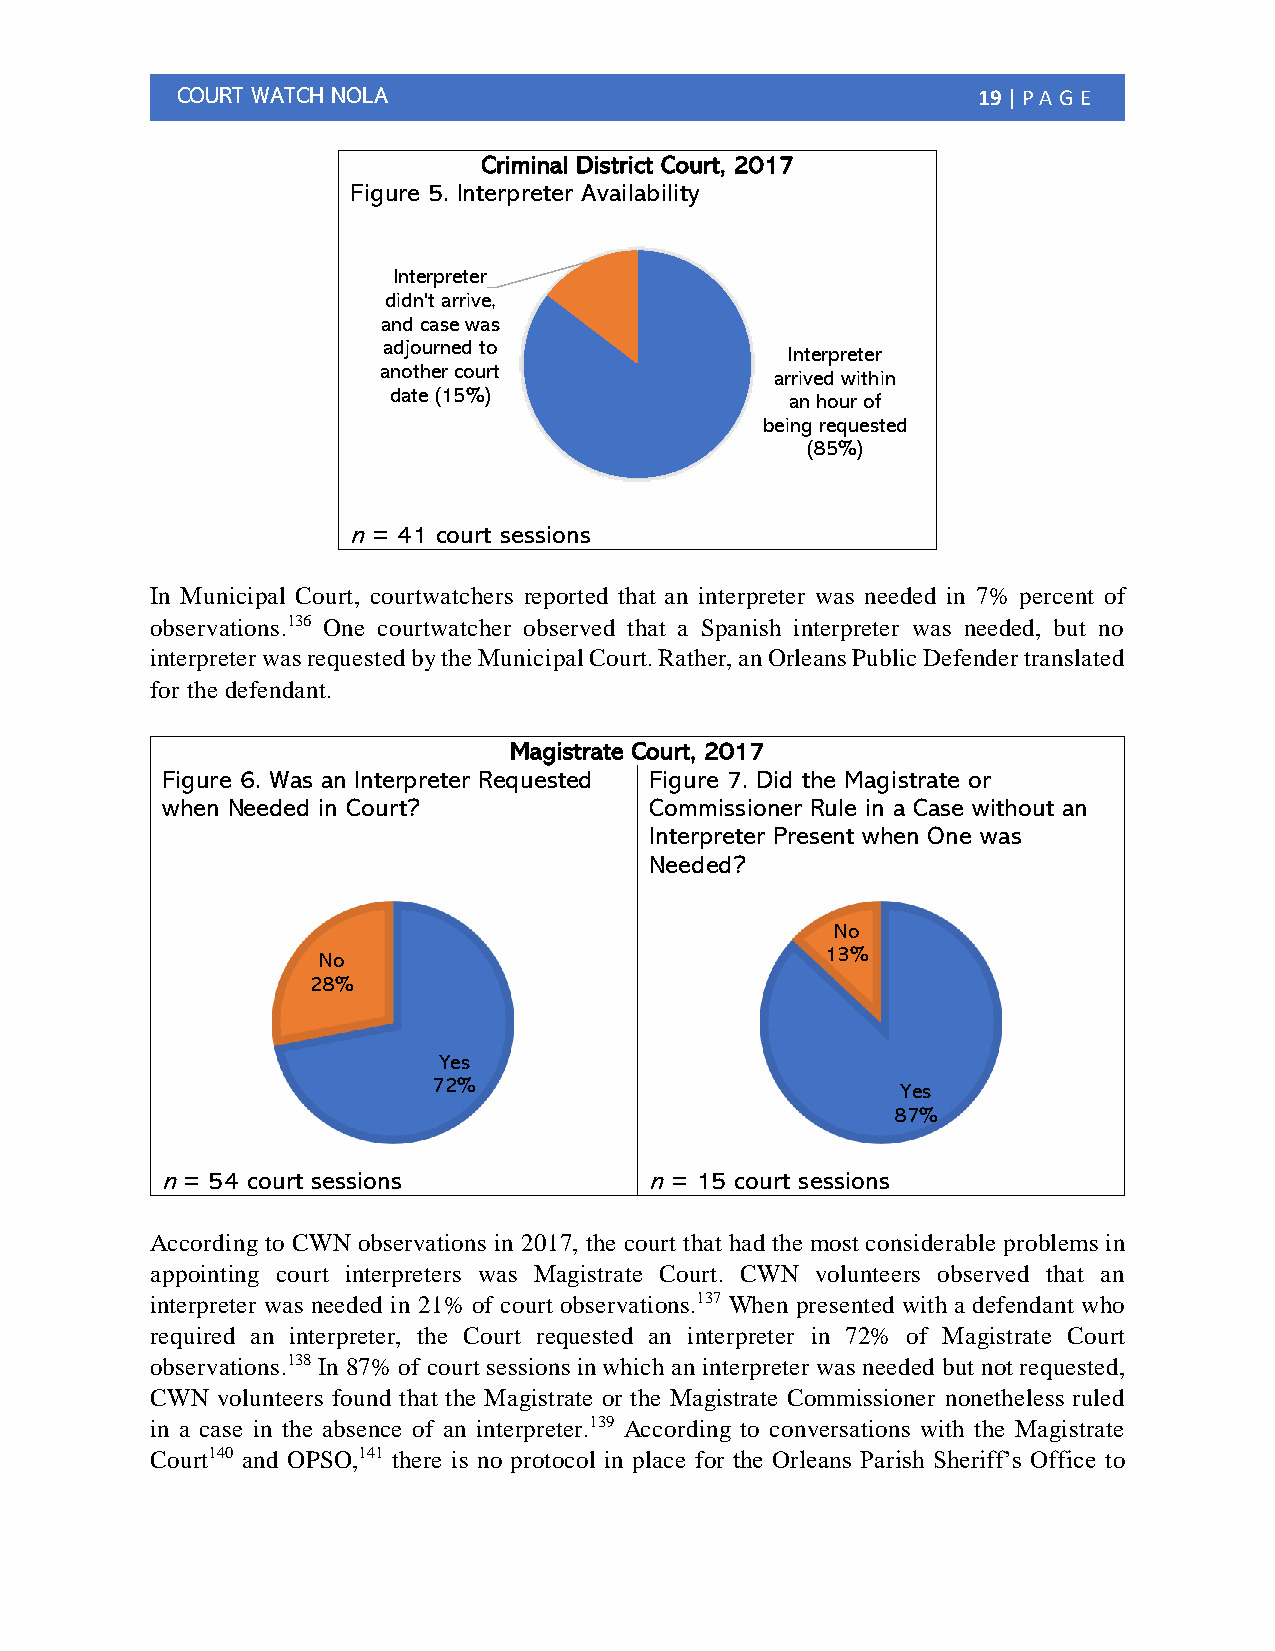
COURT WATCH NOLA                                     19 | PA G E
 Criminal District Court, 2017
 Figure 5. Interpreter Availability
 Interpreter
 didn't arrive,
 and case was
 adjourned to
 Interpreter
 another court
 arrived within
 date (15%)
 an hour of
 being requested
 (85%)
 n = 41 court sessions
 In Municipal Court, courtwatchers reported that an interpreter was needed in 7% percent of
 observations.136 One courtwatcher observed that a Spanish interpreter was needed, but no
 interpreter was requested by the Municipal Court. Rather, an Orleans Public Defender translated
 for the defendant.
 Magistrate Court, 2017
 Figure 6. Was an Interpreter Requested Figure 7. Did the Magistrate or
 when Needed in Court?           Commissioner Rule in a Case without an
 Interpreter Present when One was
 Needed?
 No
 No                                13%
 28%
 Yes
 72%                            Yes
 87%
 n = 54 court sessions           n = 15 court sessions
 According to CWN observations in 2017, the court that had the most considerable problems in
 appointing court interpreters was Magistrate Court. CWN volunteers observed that an
 interpreter was needed in 21% of court observations.137 When presented with a defendant who
 required an interpreter, the Court requested an interpreter in 72% of Magistrate Court
 observations.138 In 87% of court sessions in which an interpreter was needed but not requested,
 CWN volunteers found that the Magistrate or the Magistrate Commissioner nonetheless ruled
 in a case in the absence of an interpreter.139 According to conversations with the Magistrate
 Court140 and OPSO,141 there is no protocol in place for the Orleans Parish Sheriff’s Office to